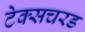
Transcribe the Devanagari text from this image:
टेक्सचरड